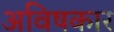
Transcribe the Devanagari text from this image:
अविषकार